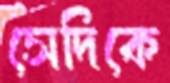
সেদিকে